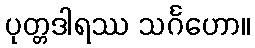
ပုတ္တဒါရဿ သင်္ဂဟော။